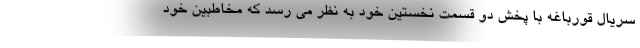
سریال قورباغه با پخش دو قسمت نخستین خود به نظر می رسد که مخاطبین خود